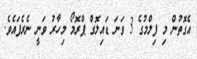
އެގޮތުން މި ފިލްމުގެ 3 ވަނަ ޑައިލޮގް ޕްރޮމޯ މިހާރު ވަނީ ނެރެފައެވެ.